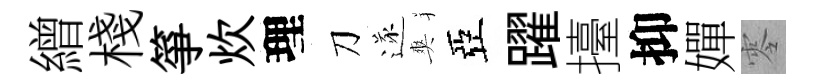
繒棧箏炊理刀遂爽亞躍擡抑嬋零